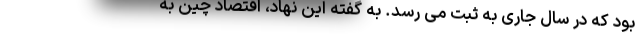
بود که در سال جاری به ثبت می رسد. به گفته این نهاد، اقتصاد چین به